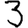
Digit: 3